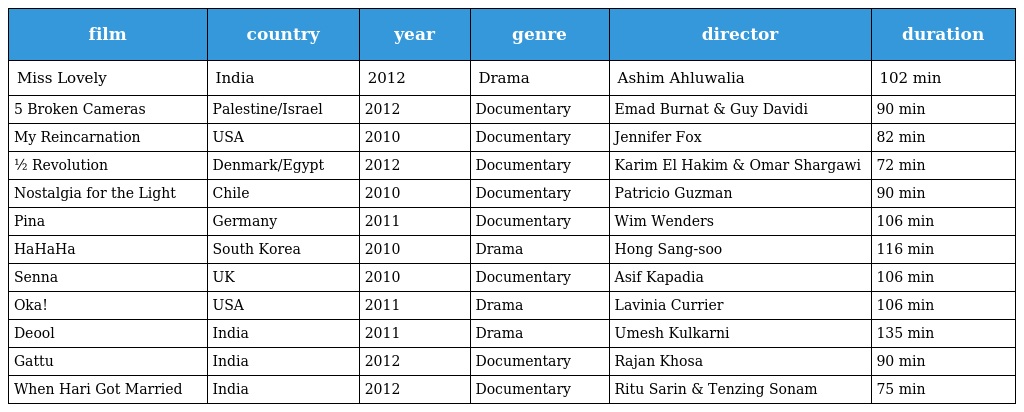
| film | country | year | genre | director | duration |
 | --- | --- | --- | --- | --- | --- |
 | Miss Lovely | India | 2012 | Drama | Ashim Ahluwalia | 102 min |
 | 5 Broken Cameras | Palestine/Israel | 2012 | Documentary | Emad Burnat & Guy Davidi | 90 min |
 | My Reincarnation | USA | 2010 | Documentary | Jennifer Fox | 82 min |
 | ½ Revolution | Denmark/Egypt | 2012 | Documentary | Karim El Hakim & Omar Shargawi | 72 min |
 | Nostalgia for the Light | Chile | 2010 | Documentary | Patricio Guzman | 90 min |
 | Pina | Germany | 2011 | Documentary | Wim Wenders | 106 min |
 | HaHaHa | South Korea | 2010 | Drama | Hong Sang-soo | 116 min |
 | Senna | UK | 2010 | Documentary | Asif Kapadia | 106 min |
 | Oka! | USA | 2011 | Drama | Lavinia Currier | 106 min |
 | Deool | India | 2011 | Drama | Umesh Kulkarni | 135 min |
 | Gattu | India | 2012 | Documentary | Rajan Khosa | 90 min |
 | When Hari Got Married | India | 2012 | Documentary | Ritu Sarin & Tenzing Sonam | 75 min |